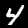
Digit: 4